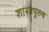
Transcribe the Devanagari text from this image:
शास्त्रपुरुष